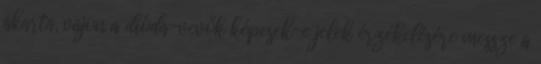
akarta, vajon a dióda-vevők képesek-e jelek érzékelésére messze a